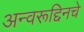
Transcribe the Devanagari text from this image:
अन्वरूद्दिनचे